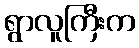
ရွာလူကြီးက